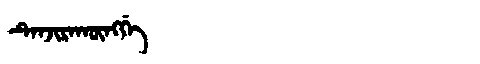
Manchu: ᡨᡝᠨᠵᡳᡵᠠᡴᡡᠩᡤᡝ
Romanization: TENJIRAKŪNGGE